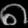
Digit: ၈